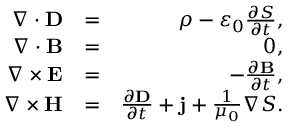
\begin{array} { r l r } { \nabla \cdot \mathbf { D } } & { = } & { \rho - \varepsilon _ { 0 } \frac { \partial S } { \partial t } , } \\ { \nabla \cdot \mathbf { B } } & { = } & { 0 , } \\ { \nabla \times \mathbf { E } } & { = } & { - \frac { \partial \mathbf { B } } { \partial t } , } \\ { \nabla \times \mathbf { H } } & { = } & { \frac { \partial \mathbf { D } } { \partial t } + \mathbf { j } + \frac { 1 } { \mu _ { 0 } } \nabla S . } \end{array}